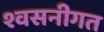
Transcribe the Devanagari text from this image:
श्वसनीगत